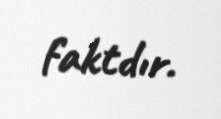
faktdır.